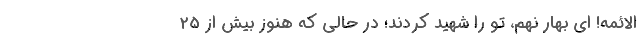
الائمه! ای بهارِ نُهُم، تو را شهید کردند؛ در حالی که هنوز بیش از 25